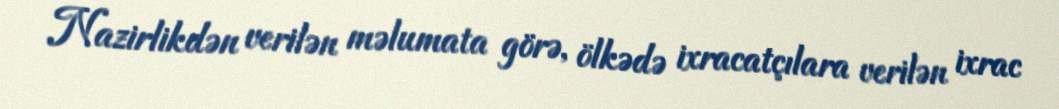
Nazirlikdən verilən məlumata görə, ölkədə ixracatçılara verilən ixrac